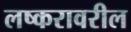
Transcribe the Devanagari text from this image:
लष्करावरील